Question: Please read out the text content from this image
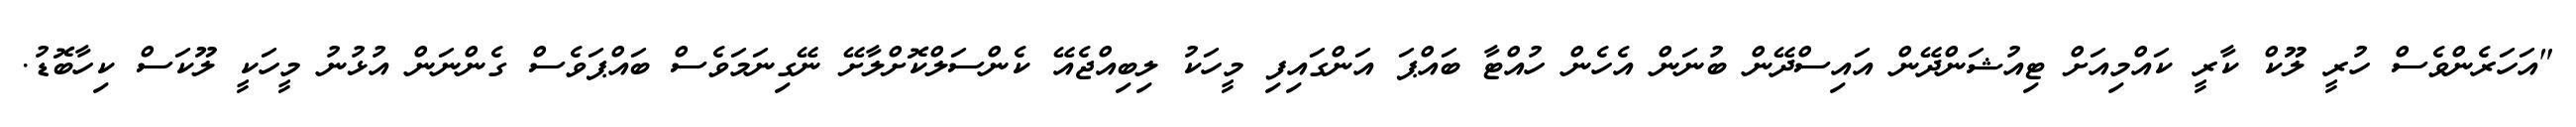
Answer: "އަހަރެންވެސް ހުރީ ލޫކް ކާރީ ކައްމިއަށް ޓިއުޝަންދޭން އައިސްދޭން ބުނަން އެހެން ހުއްޓާ ބައްޕަ އަންގައިފި މީހަކު ލިބިއްޖެއޭ ކެންސަލްކޮށްލާށޭ ނޭގިނަމަވެސް ބައްޕަވެސް ގެންނަން އުޅުނު މީހަކީ ލޫކަސް ކިހާބޮޑު.